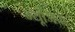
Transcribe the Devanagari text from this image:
म्यूजि़क